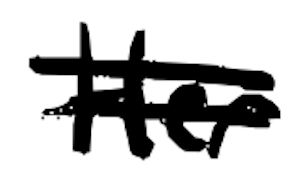
Text: Her
Cross-out: double-line
Writing tool: digital_black